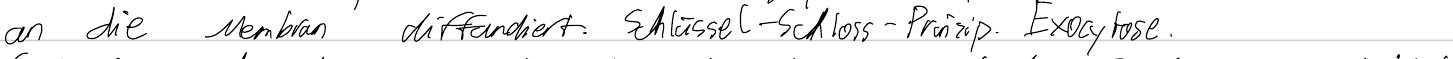
an die Membran diffundiert. Schlüssel-Schloss-Prinzip. Exocytose.